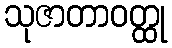
သုဇာတာဝတ္ထု